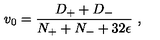
v _ { { 0 } } = \frac { D _ { + } + D _ { - } } { N _ { + } + N _ { - } + 3 2 \epsilon } \ ,